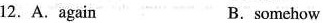
12. A.again B.somehow